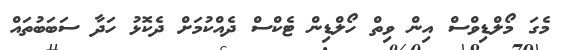
މެގަ މޯލްޑިވްސް އިން ވިތް ހޯލްޑިން ޓެކްސް ދެއްކުމަށް ދެކޮޅު ހަދާ ސަބަބުތައް